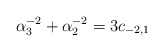
\begin{align*}\alpha _{3}^{-2}+\alpha _{2}^{-2}=3c_{-2,1}\end{align*}